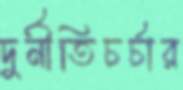
দুর্নীতিচর্চার